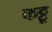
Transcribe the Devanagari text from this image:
कट्टू